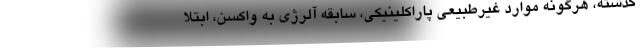
گذشته، هرگونه موارد غیرطبیعی پاراکلینیکی، سابقه آلرژی به واکسن، ابتلا